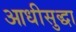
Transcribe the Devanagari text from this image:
आधीसुद्धा